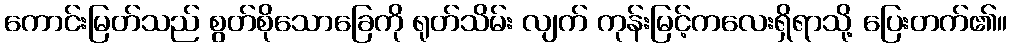
ကောင်းမြတ်သည် စွတ်စိုသောခြေကို ရုတ်သိမ်း လျက် ကုန်းမြင့်ကလေးရှိရာသို့ ပြေးတက်၏။